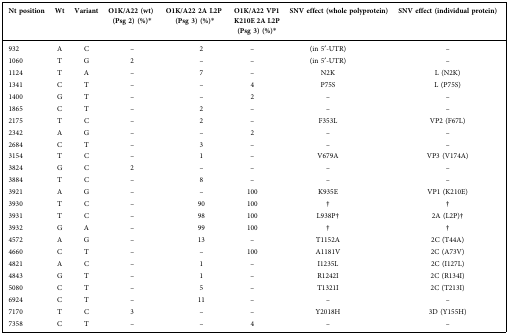
<table><thead><tr><td><b>Nt position</b></td><td><b>Wt</b></td><td><b>Variant</b></td><td><b>O1K/A22 (wt)(Psg 2) (%)∗</b></td><td><b>O1K/A22 2A L2P(Psg3) (%)∗</b></td><td colspan="3"><b>O1K/A22 VP1K210E 2A L2P(Psg 3) (%)∗</b></td><td><b>SNV effect (whole polyprotein)</b></td><td><b>SNV effect (individual protein)</b></td></tr></thead><tbody><tr><td>932</td><td>A</td><td>C</td><td>–</td><td colspan="2">2</td><td>–</td><td colspan="2">(in 5′-UTR)</td><td>–</td></tr><tr><td>1060</td><td>T</td><td>G</td><td>2</td><td colspan="2">–</td><td>–</td><td colspan="2">(in 5′-UTR)</td><td>–</td></tr><tr><td>1124</td><td>T</td><td>A</td><td>–</td><td colspan="2">7</td><td>–</td><td colspan="2">N2K</td><td>L (N2K)</td></tr><tr><td>1341</td><td>C</td><td>T</td><td>–</td><td colspan="2">–</td><td>4</td><td colspan="2">P75S</td><td>L (P75S)</td></tr><tr><td>1400</td><td>G</td><td>T</td><td>–</td><td colspan="2">–</td><td>2</td><td colspan="2">–</td><td>–</td></tr><tr><td>1865</td><td>C</td><td>T</td><td>–</td><td colspan="2">2</td><td>–</td><td colspan="2">–</td><td>–</td></tr><tr><td>2175</td><td>T</td><td>C</td><td>–</td><td colspan="2">2</td><td>–</td><td colspan="2">F353L</td><td>VP2 (F67L)</td></tr><tr><td>2342</td><td>A</td><td>G</td><td>–</td><td colspan="2">–</td><td>2</td><td colspan="2">–</td><td>–</td></tr><tr><td>2684</td><td>C</td><td>T</td><td>–</td><td colspan="2">3</td><td>–</td><td colspan="2">–</td><td>–</td></tr><tr><td>3154</td><td>T</td><td>C</td><td>–</td><td colspan="2">1</td><td>–</td><td colspan="2">V679A</td><td>VP3 (V174A)</td></tr><tr><td>3824</td><td>G</td><td>C</td><td>2</td><td colspan="2">–</td><td>–</td><td colspan="2">–</td><td>–</td></tr><tr><td>3884</td><td>T</td><td>C</td><td>–</td><td colspan="2">8</td><td>–</td><td colspan="2">–</td><td>–</td></tr><tr><td>3921</td><td>A</td><td>G</td><td>–</td><td colspan="2">–</td><td>100</td><td colspan="2">K935E</td><td>VP1 (K210E)</td></tr><tr><td>3930</td><td>T</td><td>C</td><td>–</td><td colspan="2">90</td><td>100</td><td colspan="2">†</td><td>†</td></tr><tr><td>3931</td><td>T</td><td>C</td><td>–</td><td colspan="2">98</td><td>100</td><td colspan="2">L938P†</td><td>2A (L2P)†</td></tr><tr><td>3932</td><td>G</td><td>A</td><td>–</td><td colspan="2">99</td><td>100</td><td colspan="2">†</td><td>†</td></tr><tr><td>4572</td><td>A</td><td>G</td><td>–</td><td colspan="2">13</td><td>–</td><td colspan="2">T1152A</td><td>2C (T44A)</td></tr><tr><td>4660</td><td>C</td><td>T</td><td>–</td><td colspan="2">–</td><td>100</td><td colspan="2">A1181V</td><td>2C (A73V)</td></tr><tr><td>4821</td><td>A</td><td>C</td><td>–</td><td colspan="2">1</td><td>–</td><td colspan="2">I1235L</td><td>2C (I127L)</td></tr><tr><td>4843</td><td>G</td><td>T</td><td>–</td><td colspan="2">1</td><td>–</td><td colspan="2">R1242I</td><td>2C (R134I)</td></tr><tr><td>5080</td><td>C</td><td>T</td><td>–</td><td colspan="2">5</td><td>–</td><td colspan="2">T1321I</td><td>2C (T213I)</td></tr><tr><td>6924</td><td>C</td><td>T</td><td>–</td><td colspan="2">11</td><td>–</td><td colspan="2">–</td><td>–</td></tr><tr><td>7170</td><td>T</td><td>C</td><td>3</td><td colspan="2">–</td><td>–</td><td colspan="2">Y2018H</td><td>3D (Y155H)</td></tr><tr><td>7358</td><td>C</td><td>T</td><td>–</td><td colspan="2">–</td><td>4</td><td colspan="2">–</td><td>–</td></tr></tbody></table>